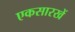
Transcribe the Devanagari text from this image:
एकसारखें